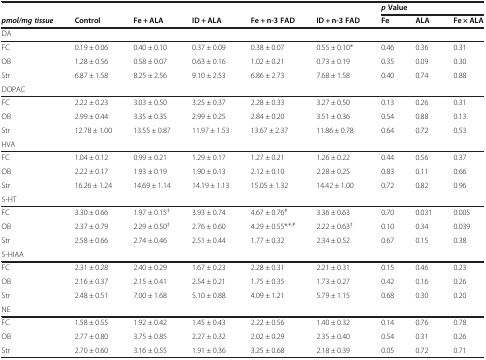
<table><thead><tr><td colspan="6"><b> </b></td><td colspan="3"><b><i>p</i>Value</b></td></tr><tr><td><b><i>pmol/mg tissue</i></b></td><td><b>Control</b></td><td><b>Fe + ALA</b></td><td><b>ID + ALA</b></td><td><b>Fe + n-3 FAD</b></td><td><b>ID + n-3 FAD</b></td><td><b>Fe</b></td><td><b>ALA</b></td><td><b>Fe × ALA</b></td></tr></thead><tbody><tr><td colspan="9">DA</td></tr><tr><td>FC</td><td>0.19 ± 0.06</td><td>0.40 ± 0.10</td><td>0.37 ± 0.09</td><td>0.38 ± 0.07</td><td>0.55 ± 0.10*</td><td>0.46</td><td>0.36</td><td>0.31</td></tr><tr><td>OB</td><td>1.28 ± 0.56</td><td>0.58 ± 0.07</td><td>0.63 ± 0.16</td><td>1.02 ± 0.21</td><td>0.73 ± 0.19</td><td>0.35</td><td>0.09</td><td>0.30</td></tr><tr><td>Str</td><td>6.87 ± 1.58</td><td>8.25 ± 2.56</td><td>9.10 ± 2.53</td><td>6.86 ± 2.73</td><td>7.68 ± 1.58</td><td>0.40</td><td>0.74</td><td>0.88</td></tr><tr><td colspan="9">DOPAC</td></tr><tr><td>FC</td><td>2.22 ± 0.23</td><td>3.03 ± 0.50</td><td>3.25 ± 0.37</td><td>2.28 ± 0.33</td><td>3.27 ± 0.50</td><td>0.13</td><td>0.26</td><td>0.31</td></tr><tr><td>OB</td><td>2.99 ± 0.44</td><td>3.35 ± 0.35</td><td>2.99 ± 0.25</td><td>2.84 ± 0.20</td><td>3.51 ± 0.36</td><td>0.54</td><td>0.88</td><td>0.13</td></tr><tr><td>Str</td><td>12.78 ± 1.00</td><td>13.55 ± 0.87</td><td>11.97 ± 1.53</td><td>13.67 ± 2.37</td><td>11.86 ± 0.78</td><td>0.64</td><td>0.72</td><td>0.53</td></tr><tr><td colspan="9">HVA</td></tr><tr><td>FC</td><td>1.04 ± 0.12</td><td>0.99 ± 0.21</td><td>1.29 ± 0.17</td><td>1.27 ± 0.21</td><td>1.26 ± 0.22</td><td>0.44</td><td>0.56</td><td>0.37</td></tr><tr><td>OB</td><td>2.22 ± 0.17</td><td>1.93 ± 0.19</td><td>1.90 ± 0.13</td><td>2.12 ± 0.10</td><td>2.28 ± 0.25</td><td>0.83</td><td>0.11</td><td>0.66</td></tr><tr><td>Str</td><td>16.26 ± 1.24</td><td>14.69 ± 1.14</td><td>14.19 ± 1.13</td><td>15.05 ± 1.32</td><td>14.42 ± 1.00</td><td>0.72</td><td>0.82</td><td>0.96</td></tr><tr><td colspan="9">5-HT</td></tr><tr><td>FC</td><td>3.30 ± 0.66</td><td>1.97 ± 0.15<sup>‡</sup></td><td>3.93 ± 0.74</td><td>4.67 ± 0.76<sup>#</sup></td><td>3.36 ± 0.63</td><td>0.70</td><td>0.031</td><td>0.005</td></tr><tr><td>OB</td><td>2.37 ± 0.79</td><td>2.29 ± 0.50<sup>‡</sup></td><td>2.76 ± 0.60</td><td>4.29 ± 0.55*<sup>,¥,#</sup></td><td>2.22 ± 0.63<sup>‡</sup></td><td>0.10</td><td>0.34</td><td>0.039</td></tr><tr><td>Str</td><td>2.58 ± 0.66</td><td>2.74 ± 0.46</td><td>2.51 ± 0.44</td><td>1.77 ± 0.32</td><td>2.34 ± 0.52</td><td>0.67</td><td>0.15</td><td>0.38</td></tr><tr><td colspan="9">5-HIAA</td></tr><tr><td>FC</td><td>2.31 ± 0.28</td><td>2.40 ± 0.29</td><td>1.67 ± 0.23</td><td>2.28 ± 0.31</td><td>2.21 ± 0.31</td><td>0.15</td><td>0.46</td><td>0.23</td></tr><tr><td>OB</td><td>2.16 ± 0.37</td><td>2.15 ± 0.41</td><td>2.54 ± 0.21</td><td>1.75 ± 0.35</td><td>1.73 ± 0.27</td><td>0.42</td><td>0.16</td><td>0.26</td></tr><tr><td>Str</td><td>2.48 ± 0.51</td><td>7.00 ± 1.68</td><td>5.10 ± 0.88</td><td>4.09 ± 1.21</td><td>5.79 ± 1.15</td><td>0.68</td><td>0.30</td><td>0.20</td></tr><tr><td colspan="9">NE</td></tr><tr><td>FC</td><td>1.58 ± 0.55</td><td>1.92 ± 0.42</td><td>1.45 ± 0.43</td><td>2.22 ± 0.56</td><td>1.40 ± 0.32</td><td>0.14</td><td>0.76</td><td>0.78</td></tr><tr><td>OB</td><td>2.77 ± 0.80</td><td>3.75 ± 0.85</td><td>2.27 ± 0.32</td><td>2.02 ± 0.29</td><td>2.35 ± 0.40</td><td>0.54</td><td>0.31</td><td>0.26</td></tr><tr><td>Str</td><td>2.70 ± 0.60</td><td>3.16 ± 0.55</td><td>1.91 ± 0.36</td><td>3.25 ± 0.68</td><td>2.18 ± 0.39</td><td>0.05</td><td>0.72</td><td>0.71</td></tr></tbody></table>